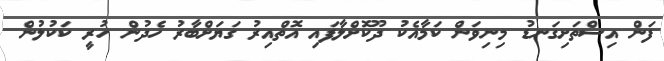
ފަން އިސްތަށިގަނޑު މިނިވަން ކަމާއެކު ދޫކޮށްލާފައި އޮތްއިރު ގަޔަށްބާރު ހެދުން ހުރީ ކަކުލުން